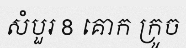
សំបួរ 8 គោក ក្រូច